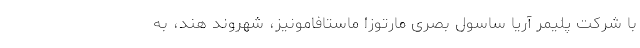
با شرکت پلیمر آریا ساسول بصری مارتوزا ماستافامونیز، شهروند هند، به